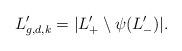
LaTeX: \begin{align*}L'_{g,d,k}=|L'_{+}\setminus \psi(L'_{-})|.\end{align*}